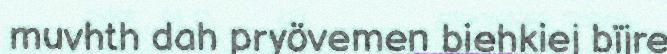
muvhth dah pryövemen biehkiej bïjre